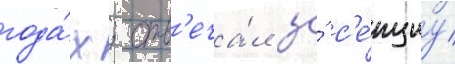
года́х; отв'еча́л за́ с'е́кциу